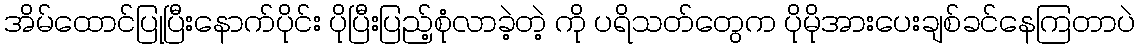
အိမ်ထောင်ပြုပြီးနောက်ပိုင်း ပိုပြီးပြည့်စုံလာခဲ့တဲ့ ကို ပရိသတ်တွေက ပိုမိုအားပေးချစ်ခင်နေကြတာပဲ